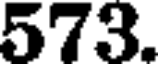
573.